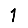
Digit: 1